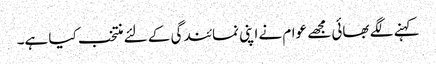
کہنے لگے بھائی مجھے عوام نے اپنی نمائندگی کے لئے منتخب کیا ہے۔